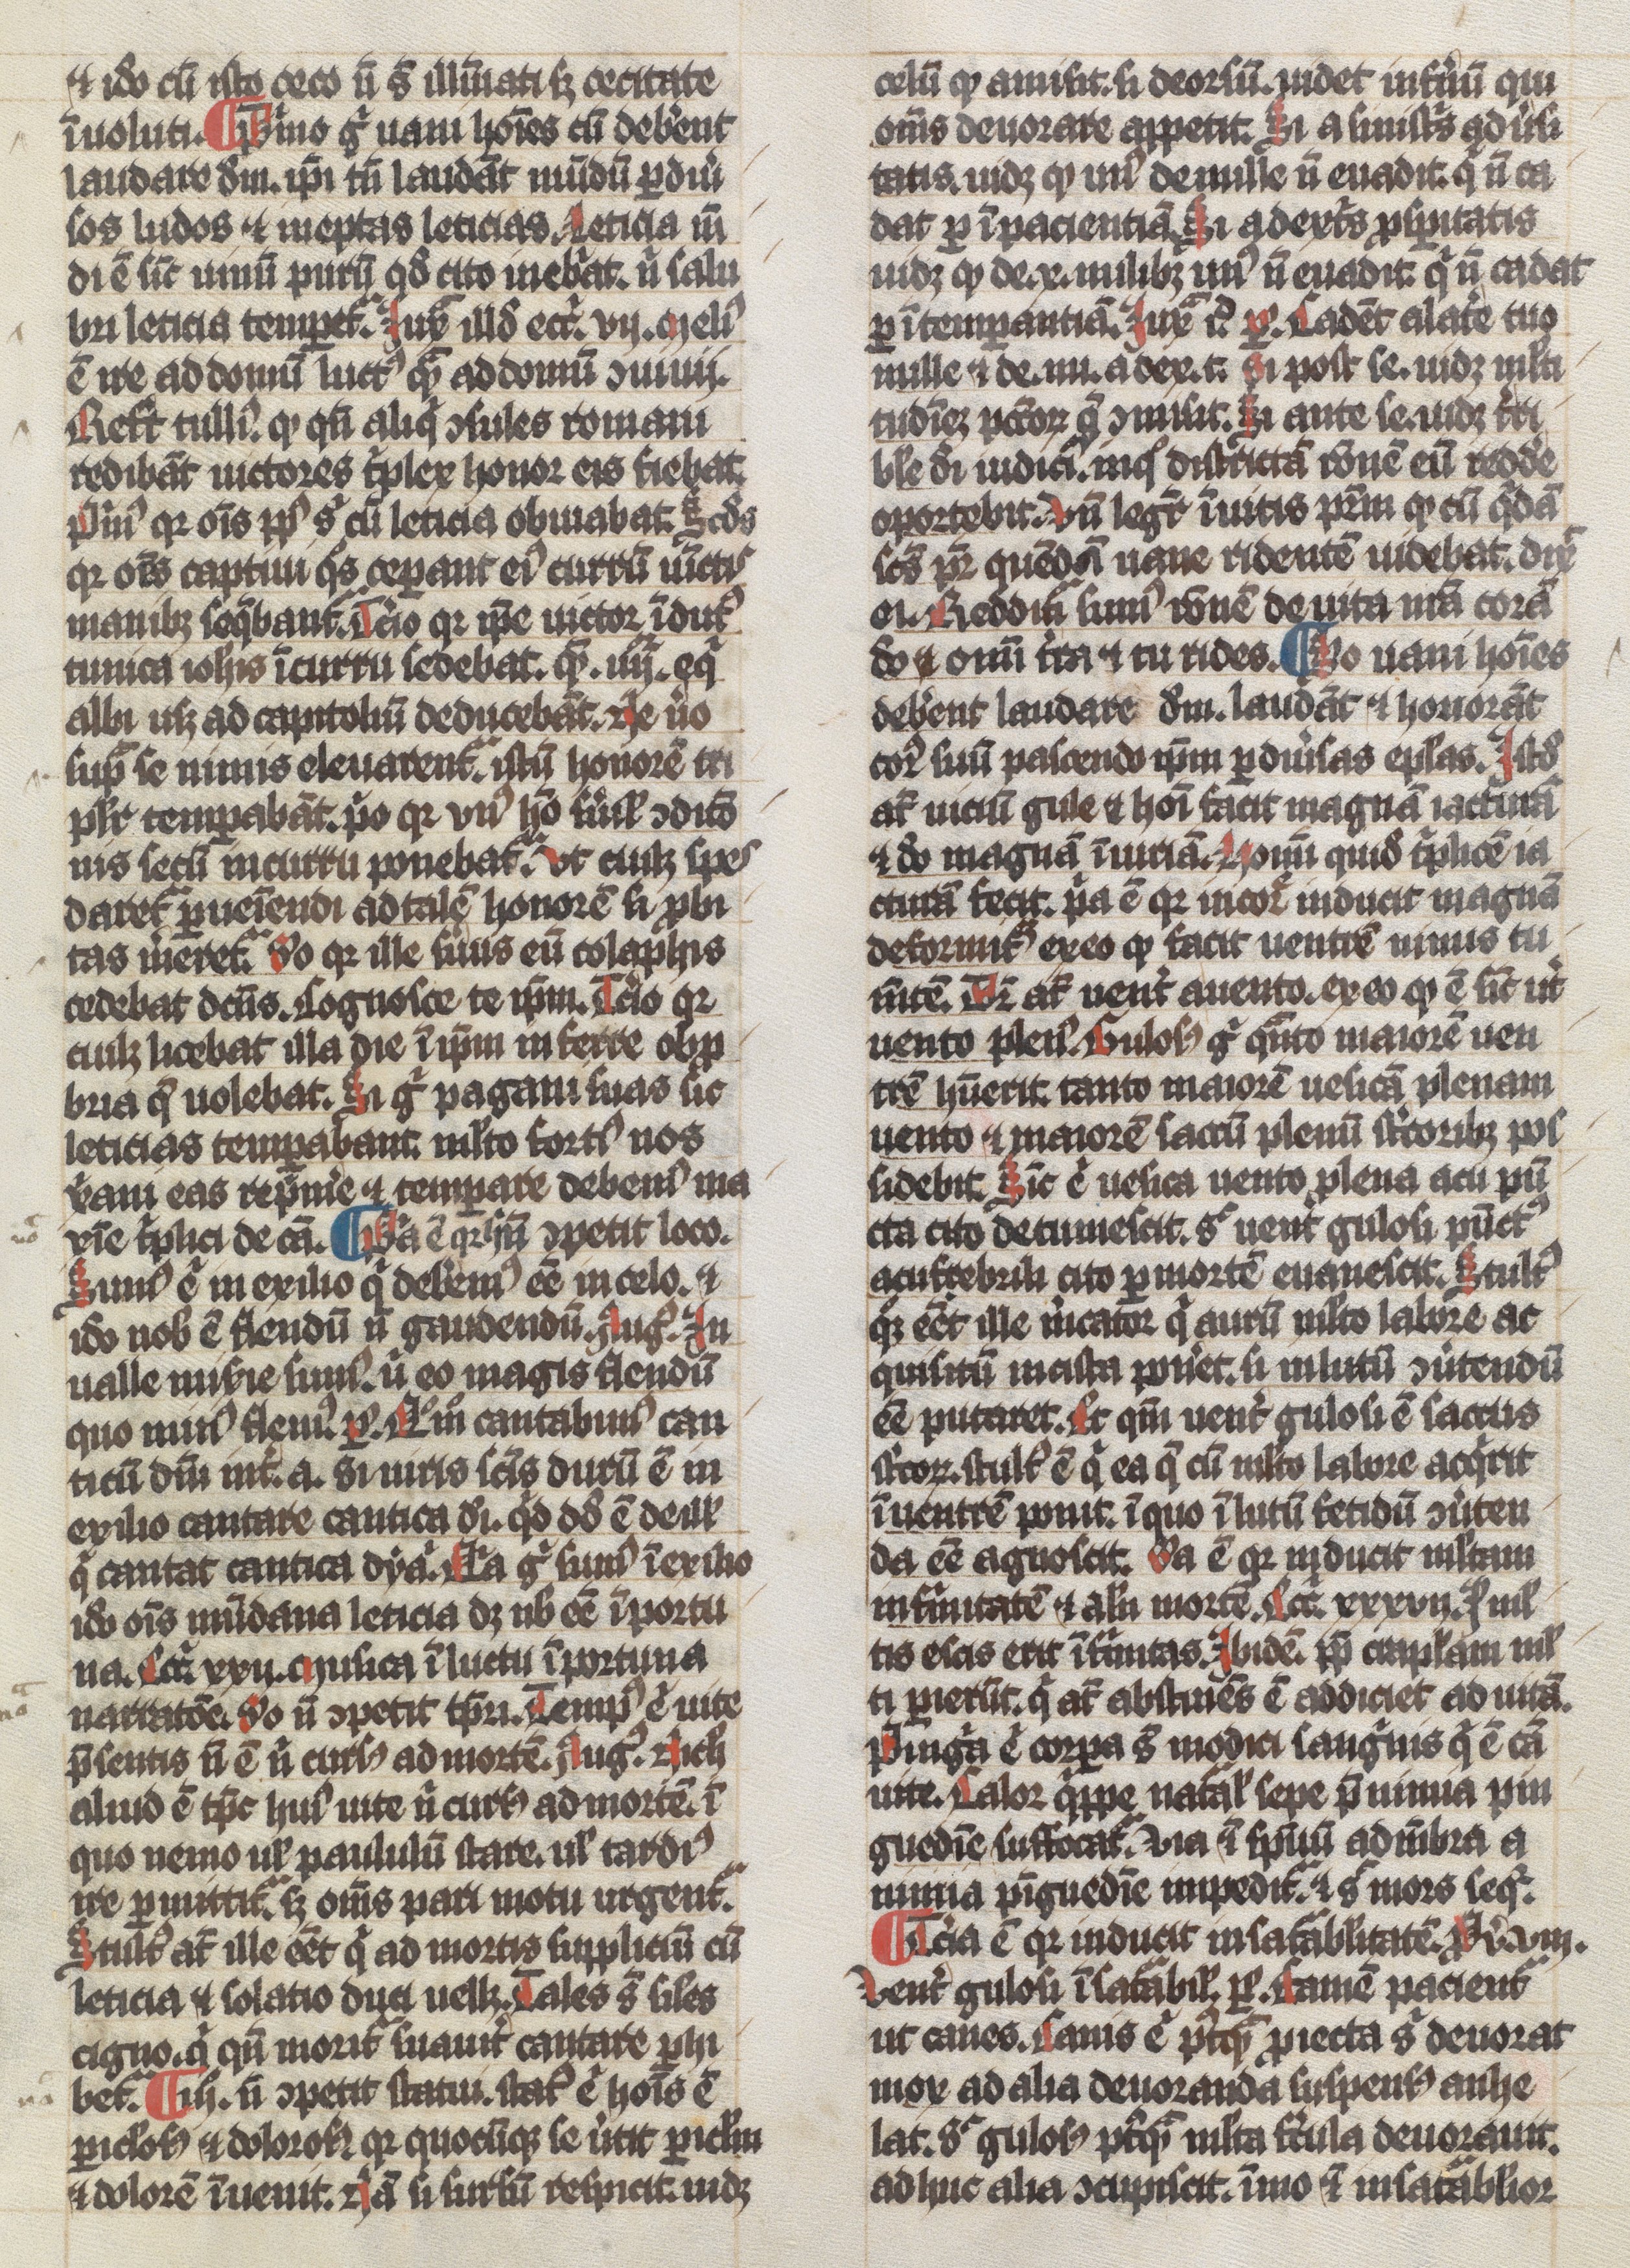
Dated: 1300–1349